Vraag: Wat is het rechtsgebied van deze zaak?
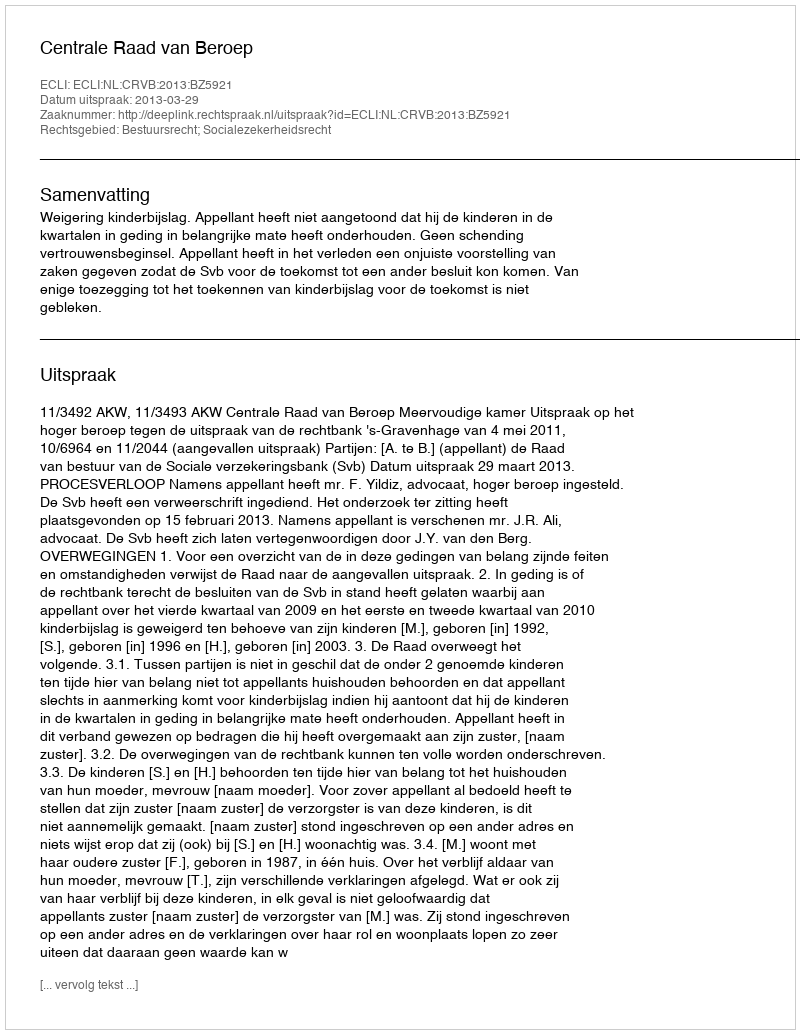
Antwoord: Bestuursrecht; Socialezekerheidsrecht